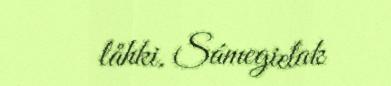
låhki. Sámegielak